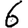
Digit: 6